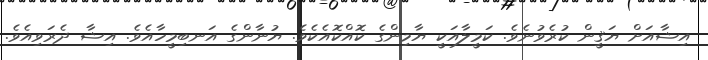
އިޝާއަށް ޔަޤީން ކުރެވުނެވެ. ކަމީލާއަކީ ޔާމިންގެ ކޮއްކޮއެކެވެ. ޔުނާންގެ އަނބިމީހާއެވެ. އިޝާ ދެރަވިއެވެ.